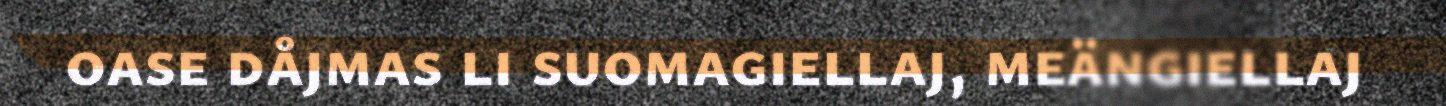
oase dåjmas li suomagiellaj, meängiellaj